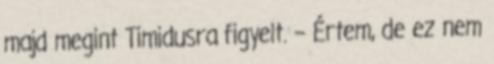
majd megint Timidusra figyelt. – Értem, de ez nem